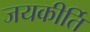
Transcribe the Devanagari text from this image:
जयकीर्ति